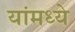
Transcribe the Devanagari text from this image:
यांमध्‍ये